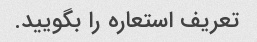
تعریف استعاره را بگویید.